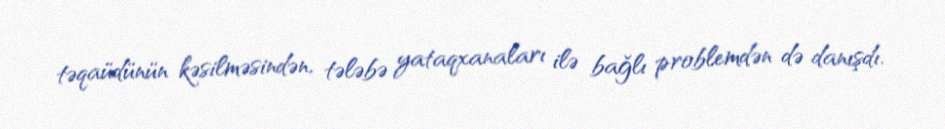
təqaüdünün kəsilməsindən, tələbə yataqxanaları ilə bağlı problemdən də danışdı.